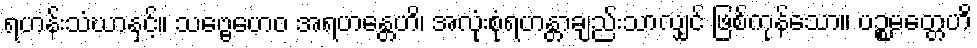
ရဟန်းသံဃာနှင့်။ သဗ္ဗေဟေဝ အရဟန္တေဟိ၊ အလုံးစုံရဟန္တာချည်းသာလျှင် ဖြစ်ကုန်သော။ ပဉ္စမတ္တေဟိ